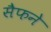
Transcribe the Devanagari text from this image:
सैफने